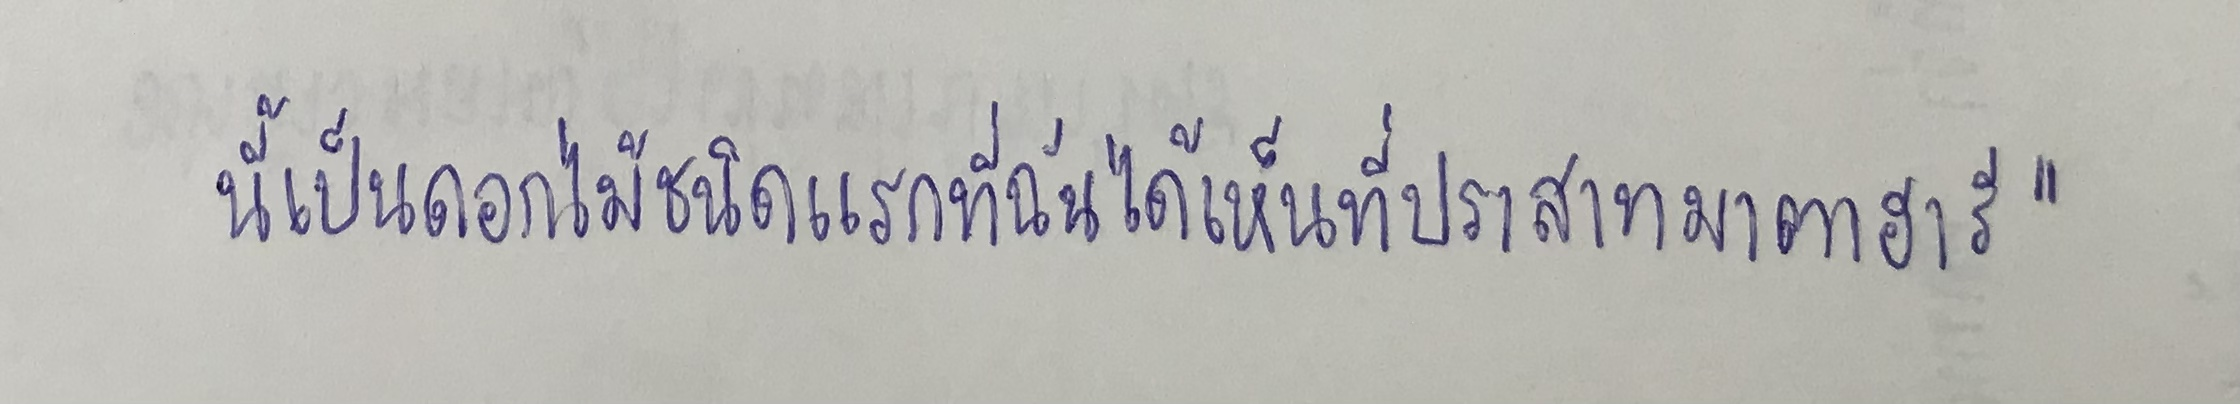
นี้เป็นดอกไม้ชนิดแรกที่ฉันได้เห็นที่ปราสาทมาตาฮารี"